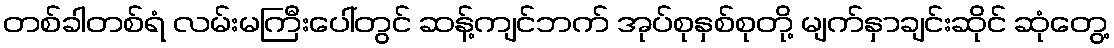
တစ်ခါတစ်ရံ လမ်းမကြီးပေါ်တွင် ဆန့်ကျင်ဘက် အုပ်စုနှစ်စုတို့ မျက်နှာချင်းဆိုင် ဆုံတွေ့